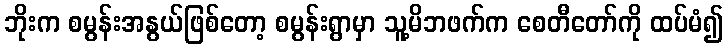
ဘိုးက စမွန်းအနွယ်ဖြစ်တော့ စမွန်းရွာမှာ သူ့မိဘဖက်က စေတီတော်ကို ထပ်မံ၍